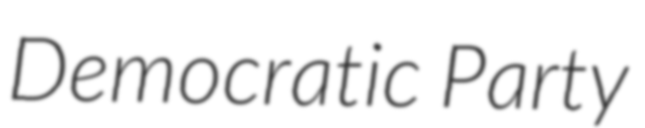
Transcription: Democratic Party